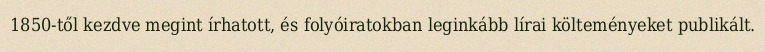
1850-től kezdve megint írhatott, és folyóiratokban leginkább lírai költeményeket publikált.